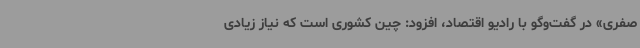
صفری» در گفت‌وگو با رادیو اقتصاد، افزود: چین کشوری است که نیاز زیادی